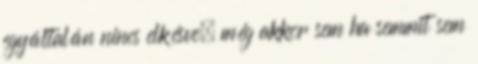
egyáltalán nincs elkésve, még akkor sem ha semmit sem